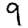
Digit: 9